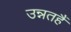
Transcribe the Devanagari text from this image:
उन्नतहैं